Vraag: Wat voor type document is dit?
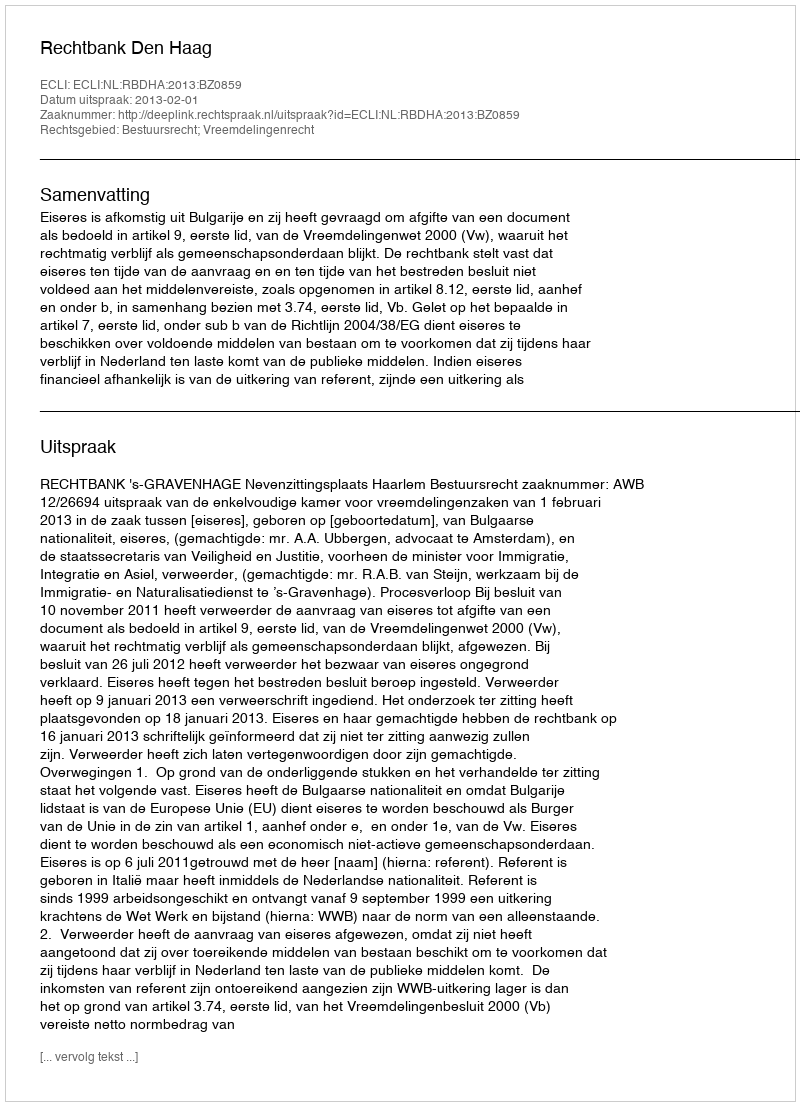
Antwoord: Uitspraak